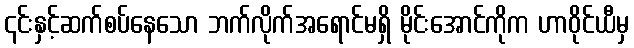
၎င်းနှင့်ဆက်စပ်နေသော ဘက်လိုက်အရောင်မရှိ မိုင်းအောင်ကိုက ဟာဝိုင်ယီမှ